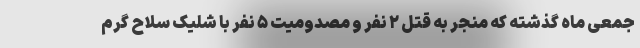
جمعی ماه گذشته که منجر به قتل ۲ نفر و مصدومیت ۵ نفر با شلیک سلاح گرم